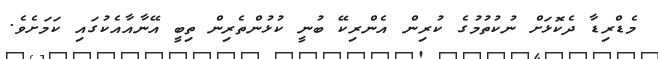
މެޑްރިޑާ ދެކޮޅަށް ނުކުތުމުގެ ކުރިން އެންރިކޭ ބުނީ ކުޅުންތެރިން ތިބީ އޭނާއާއެކުގައި ކަމަށެވެ.